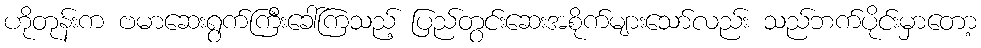
ဟိုတုန်းက ဗမာဆေးရွက်ကြီးခေါ်ကြသည့် ပြည်တွင်းဆေးအစိုက်များသော်လည်း သည်ဘက်ပိုင်းမှာတော့